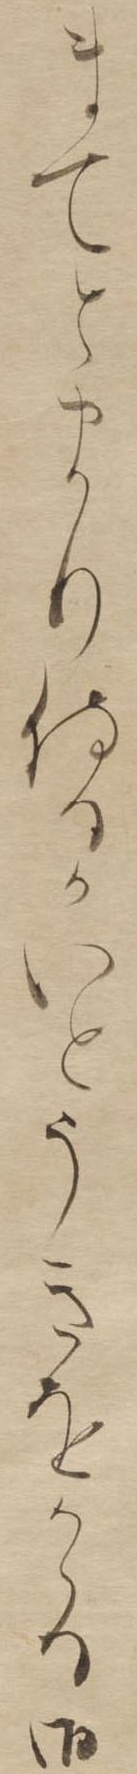
まてとまり侍るかいとうきをかゝる御